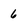
Character: 6